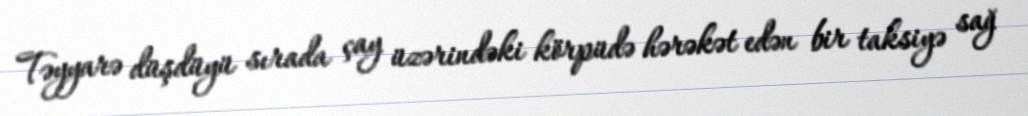
Təyyarə düşdüyü sırada çay üzərindəki körpüdə hərəkət edən bir taksiyə sağ